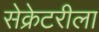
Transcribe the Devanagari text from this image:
सेक्रेटरीला